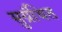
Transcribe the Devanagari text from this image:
सुग्रंथित